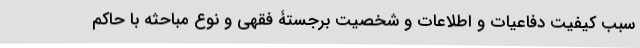
سبب کیفیت دفاعیات و اطلاعات و شخصیت برجستۀ فقهی و نوع مباحثه با حاکم